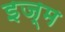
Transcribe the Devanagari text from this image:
इज्म